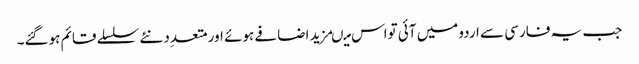
جب یہ فارسی سے اردومیں آئی تواس میںمزید اضافے ہوئے اورمتعدِد نئے سلسلے قائم ہوگئے۔